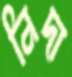
নিদা